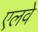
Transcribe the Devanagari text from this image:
एलवे